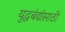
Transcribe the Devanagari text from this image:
युद्धबंद्यांसाठी